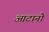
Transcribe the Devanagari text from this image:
आटानो